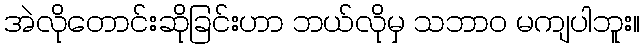
အဲလိုတောင်းဆိုခြင်းဟာ ဘယ်လိုမှ သဘာဝ မကျပါဘူး။